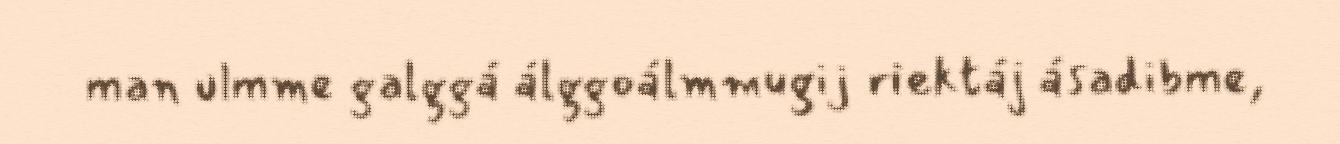
man ulmme galggá álggoálmmugij riektáj ásadibme,